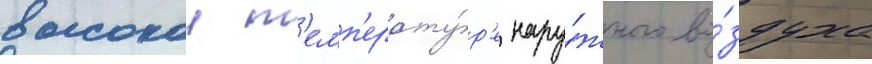
высокои т'емп'ерату́р'е нару́жного во́здуха